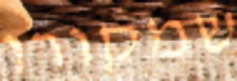
שמקורו